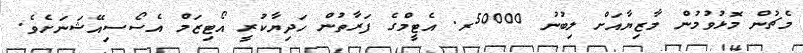
މެޗުން މޮޅުވުމުން މާޒިޔާއަށް ލިބުނު 50000ރ. އެޓީމްގެ ފަރާތުން ހަދިޔާކުރީ އޯޓިޒަމް އެސޯސިއޭޝަނަށެވެ.